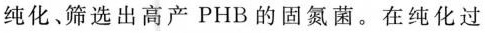
纯化、筛选出高产PHB的固氮菌。在纯化过